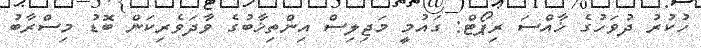
ހުކުރު ދުވަހުގެ ޚާއްސަ ރިޕޯޓް: ގައުމީ މަޖިލިސް އިންތިޚާބުގެ ވާދަވެރިކަން ބޮޑު މިސްރާބު